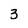
Character: 3